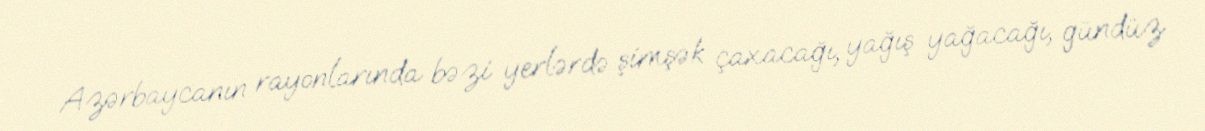
Azərbaycanın rayonlarında bəzi yerlərdə şimşək çaxacağı, yağış yağacağı, gündüz